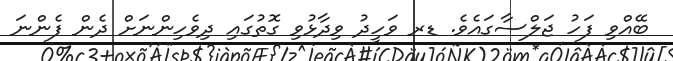
ބޭއްވި ފަހު ޖަލްސާގައެވެ. ޑރ ވަހީދު ވިދާޅުވި ގޮތުގައި ދިވެހިންނަށް ދެން ފެންނަ